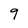
Character: 9